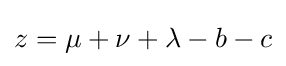
z=\mu +\nu +\lambda -b-c